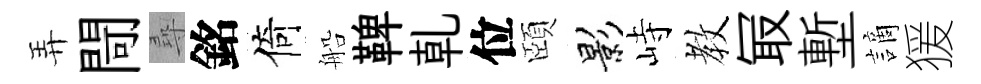
弄閜尋銘倚船鞞乹位頤影峙教冣塹謫猨